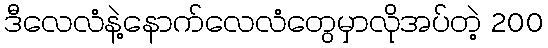
ဒီလေလံနဲ့နောက်လေလံတွေမှာလိုအပ်တဲ့ 200